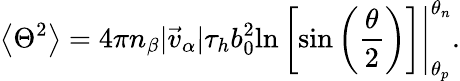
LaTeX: \left<\Theta^{2}\right>=4\pi n_{\beta}|\vec{v}_{\alpha}|\tau_{h}b_{0}^{2}\left.\ln\left[\sin\left(\frac{\theta}{2}\right)\right]\right|_{\theta_{p}}^{\theta_{n}}.